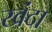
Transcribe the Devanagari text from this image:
खंदा